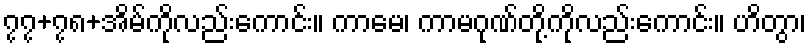
၇၇+၇၈+အိမ်ကိုလည်းကောင်း။ ကာမေ၊ ကာမဂုဏ်တို့ကိုလည်းကောင်း။ ဟိတွာ၊